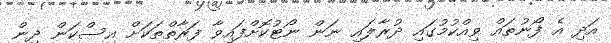
އަދި އެ ފޯނުތައް ވިއްކުމުގައި ދުރާލައި ނަން ނޯޓުކޮށްފައިވާ ފަރާތްތަކަށް އިސްކަން ދިން